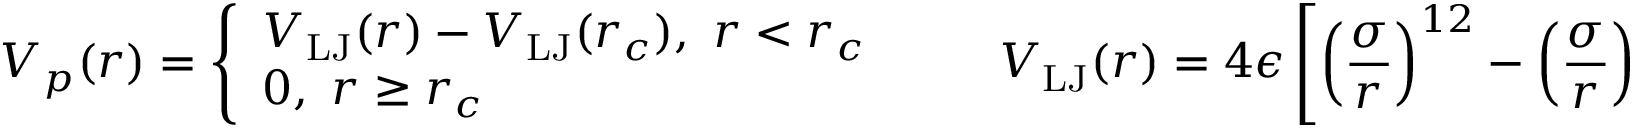
V _ { p } ( r ) = \left\{ \begin{array} { l l } { V _ { \mathrm { L J } } ( r ) - V _ { \mathrm { L J } } ( r _ { c } ) , ~ r < r _ { c } } \\ { 0 , ~ r \ge r _ { c } } \end{array} \right. \quad \quad V _ { \mathrm { L J } } ( r ) = 4 \epsilon \left[ \left( \frac { \sigma } { r } \right) ^ { 1 2 } - \left( \frac { \sigma } { r } \right) ^ { 6 } \right] ,